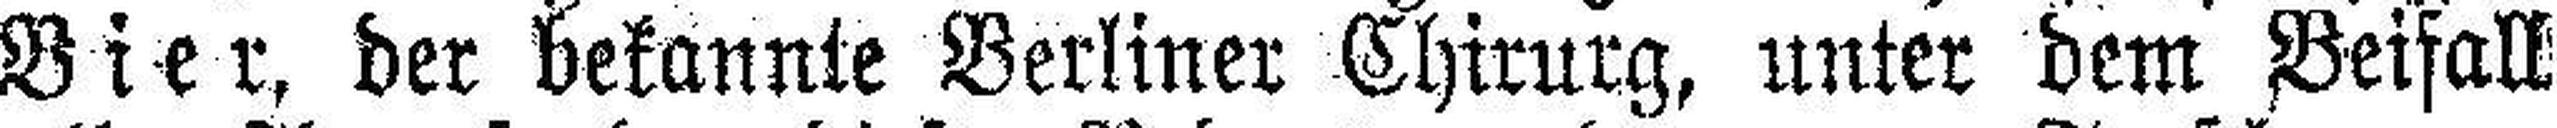
Vier, der bekannte Berliner Chirurg, unter dem Beifall